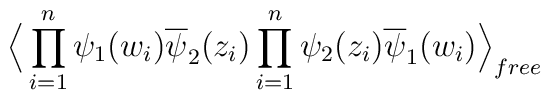
\Big \langle\prod_{i=1}^n \psi_1(w_i)\overline{\psi}_2(z_i)\prod_{i=1}^n \psi_2(z_i)\overline{\psi}_1(w_i) \Big\rangle_{free}